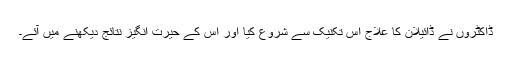
ڈاکٹروں نے ڈائیلان کا علاج اس تکنیک سے شروع کیا اور اس کے حیرت انگیز نتائج دیکھنے میں آئے۔